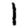
Digit: 1